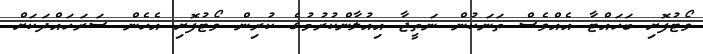
ވޯޓުފޮށި ބަހައްޓާ އެއްވެސް ތަނަކުން ނަތީޖާ އިއުލާންކުރުމުގެ ކުރިން ވޯޓުފޮށި އެހެން ސަރަހައްދަކަށް